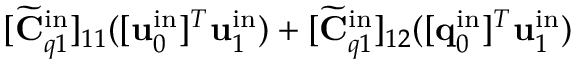
[ \widetilde { \mathbf { C } } _ { q 1 } ^ { \mathrm { i n } } ] _ { 1 1 } ( [ \mathbf { u } _ { 0 } ^ { \mathrm { i n } } ] ^ { T } \mathbf { u } _ { 1 } ^ { \mathrm { i n } } ) + [ \widetilde { \mathbf { C } } _ { q 1 } ^ { \mathrm { i n } } ] _ { 1 2 } ( [ \mathbf { q } _ { 0 } ^ { \mathrm { i n } } ] ^ { T } \mathbf { u } _ { 1 } ^ { \mathrm { i n } } )